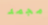
مجمد